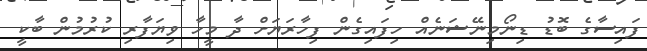
ފައިސާގެ ބޮޑު ޑިނޯމިނޭޝަނެއް ހިފައިގެން ފިހާރަޔަށް ދާ މީހާ ވިޔަފާރި ކުރުމުން ބާކީ